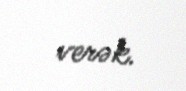
verək.